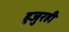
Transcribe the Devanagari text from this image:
हुजुरही